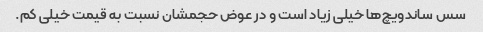
سس ساندویچ‌ها خیلی زیاد است و در عوض حجمشان نسبت به قیمت خیلی کم.